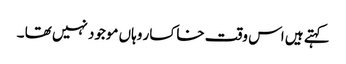
کہتے ہیں اس وقت خاکسار وہاں موجود نہیں تھا ۔